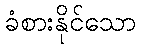
ခံစားနိုင်သော